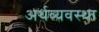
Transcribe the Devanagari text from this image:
अर्थव्यवस्‍था